Insane asylums in Bengal annual reports 1876-1887 - 1876-1887
Year: 1876
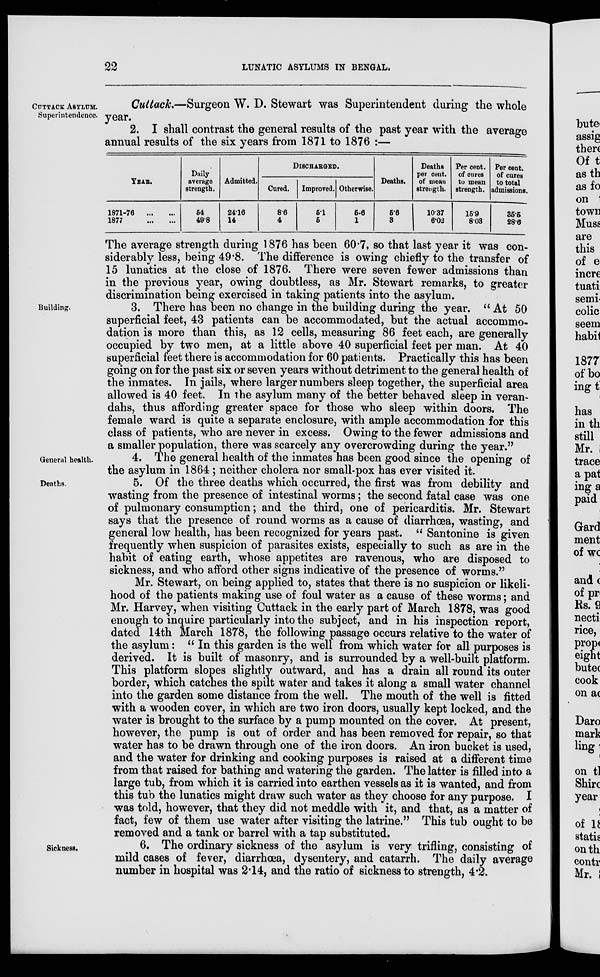
22
LUNATIC ASYLUMS IN BENGAL.
CUTTACK ASYLUM.
Superintendence.
Cuttack.—Surgeon W. D. Stewart was Superintendent during the whole
year.
2. I shall contrast the general results of the past year with the average
annual results of the six years from 1871 to 1876 :—
YEAR.
1871-76
...
...
1877
...
...
Daily
average
strength.
54
49.8
Admitted.
24.16
14
DISCHARGED.
Cured.
8.6
4
Improved.
61
5
Otherwise.
5.6
1
Deaths.
5.6
3
Deaths
per cent.
of mean
strength.
10.37
6.02
Per cent.
of cures
to mean
strength.
15.9
8.03
Per cent.
of cures
to total
admissions.
35.5
28.6
The average strength during 1876 has been 60.7, so that last year it was con-
siderably less, being 49.8. The difference is owing chiefly to the transfer of
15 lunatics at the close of 1876. There were seven fewer admissions than
in the previous year, owing doubtless, as Mr. Stewart remarks, to greater
discrimination being exercised in taking patients into the asylum.
Building.
3. There has been no change in the building during the year. " At 50
superficial feet, 43 patients can be accommodated, but the actual accommo-
dation is more than this, as 12 cells, measuring 86 feet each, are generally
occupied by two men, at a little above 40 superficial feet per man. At 40
superficial feet there is accommodation for 60 patients. Practically this has been
going on for the past six or seven years without detriment to the general health of
the inmates. In jails, where larger numbers sleep together, the superficial area
allowed is 40 feet. In the asylum many of the better behaved sleep in veran-
dahs, thus affording greater space for those who sleep within doors. The
female ward is quite a separate enclosure, with ample accommodation for this
class of patients, who are never in excess. Owing to the fewer admissions and
a smaller population, there was scarcely any overcrowding during the year."
General health.
4. The general health of the inmates has been good since the opening of
the asylum in 1864 ; neither cholera nor small-pox has ever visited it.
Deaths.
5. Of the three deaths which occurred, the first was from debility and
wasting from the presence of intestinal worms; the second fatal case was one
of pulmonary consumption; and the third, one of pericarditis. Mr. Stewart
says that the presence of round worms as a cause of diarrhœa, wasting, and
general low health, has been recognized for years past. " Santonine is given
frequently when suspicion of parasites exists, especially to such as are in the
habit of eating earth, whose appetites are ravenous, who are disposed to
sickness, and who afford other signs indicative of the presence of worms."
Mr. Stewart, on being applied to, states that there is no suspicion or likeli-
hood of the patients making use of foul water as a cause of these worms; and
Mr. Harvey, when visiting Cuttack in the early part of March 1878, was good
enough to inquire particularly into the subject, and in his inspection report,
dated 14th March 1878, the following passage occurs relative to the water of
the asylum: "In this garden is the well from which water for all purposes is
derived. It is built of masonry, and is surrounded by a well-built platform.
This platform slopes slightly outward, and has a drain all round its outer
border, which catches the spilt water and takes it along a small water channel
into the garden some distance from the well. The mouth of the well is fitted
with a wooden cover, in which are two iron doors, usually kept locked, and the
water is brought to the surface by a pump mounted on the cover. At present,
however, the pump is out of order and has been removed for repair, so that
water has to be drawn through one of the iron doors. An iron bucket is used,
and the water for drinking and cooking purposes is raised at a different time
from that raised for bathing and watering the garden. The latter is filled into a
large tub, from which it is carried into earthen vessels as it is wanted, and from
this tub the lunatics might draw such water as they choose for any purpose. I
was told, however, that they did not meddle with it, and that, as a matter of
fact, few of them use water after visiting the latrine." This tub ought to be
removed and a tank or barrel with a tap substituted.
Sickness.
6. The ordinary sickness of the asylum is very trifling, consisting of
mild cases of fever, diarrhœa, dysentery, and catarrh. The daily average
number in hospital was 2.14, and the ratio of sickness to strength, 4.2.